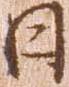
日